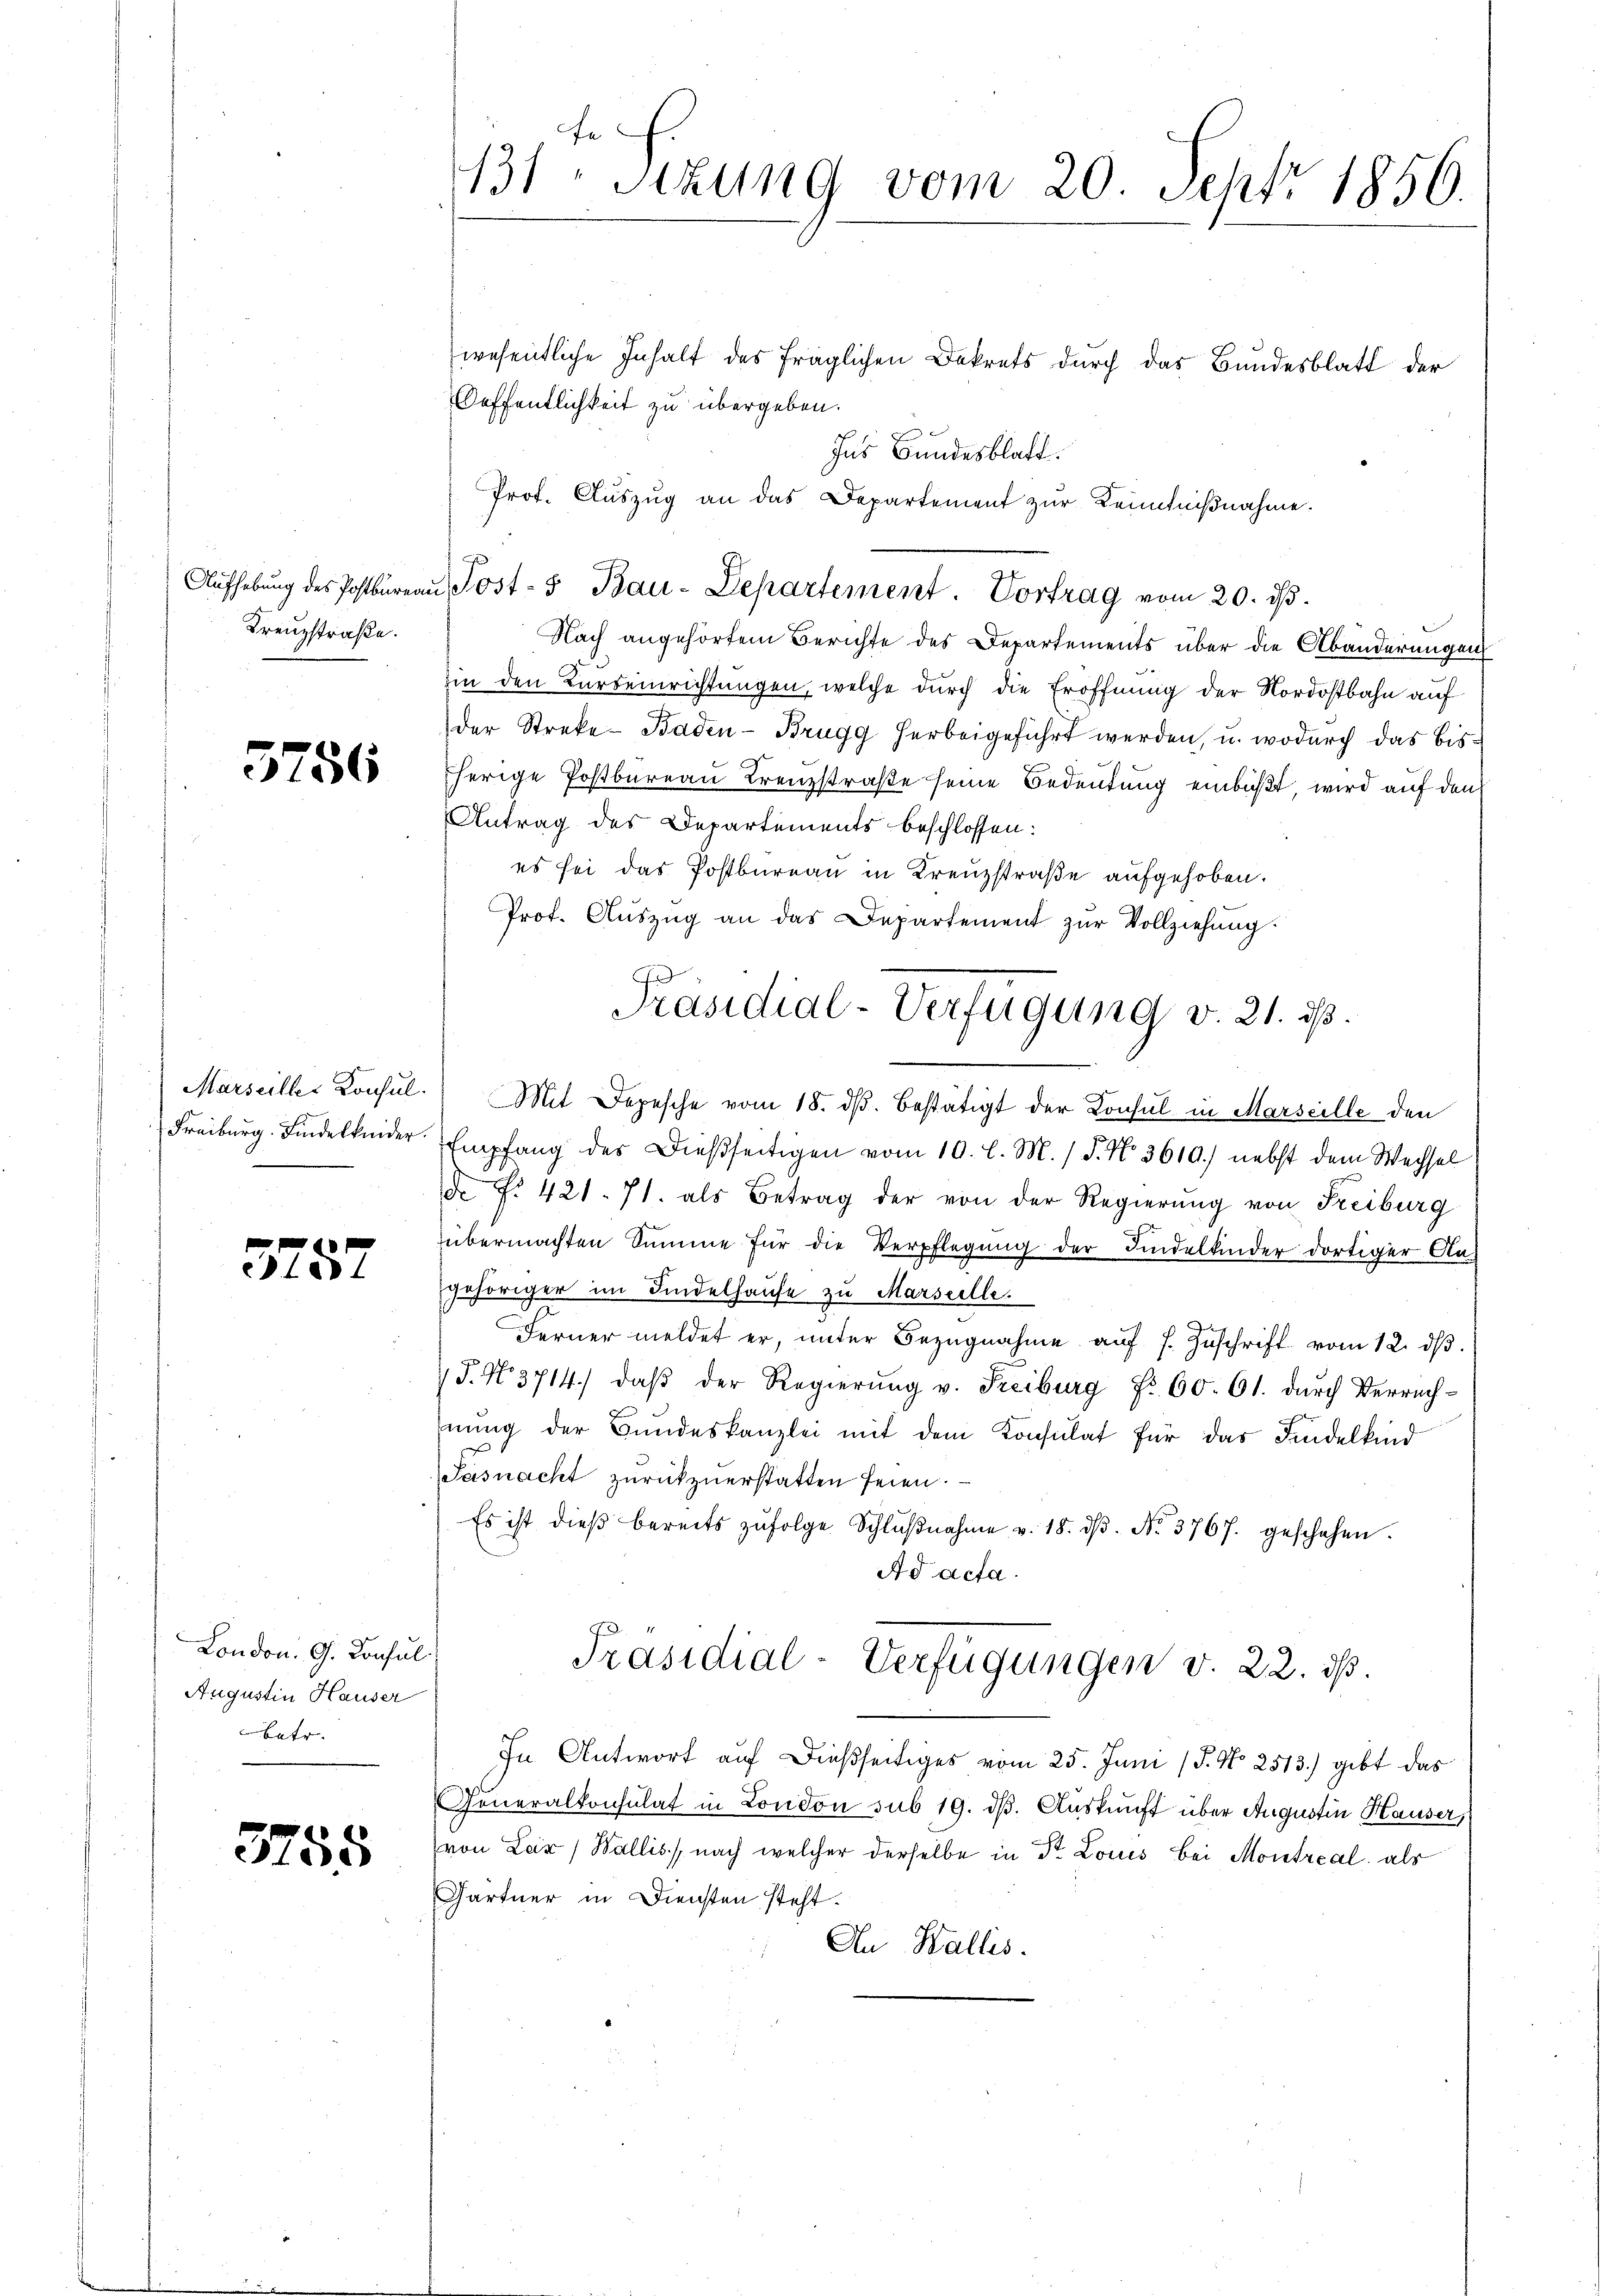
Aufhebung des Postbureau
Kreuzstraße.

5756

Marseilles Konsul
Freiburg. Findelknider.

5257

London. G. Konsul
Augustin Hauser
betr.

3758

fe
131. Sitzung vom 20. Sept. 1856.

wesentliche Inhalt des fräglichen Dekrets durch das Bundesblatt der
Oeffentlichkeit zu übergeben.
Ins Bundesblatt.
Prof. Aŭszŭg an das Departement zur Kenntniβnahme.
f
ost- & Bau-Departement. Vortrag vom 20. ds.
Nach angehörtem Berichte des Departements über die Abänderungen
in den Kurseinrichtungen, welche durch die Eröffnung der Nordostbahn auf
der Streke- Baden- Brugg herbeigeführt werden, u. wodurch das bisherige Postbureau Krenzstraße seine Bedeutung einbüßt wird auf den
Antrag des Departements beschlossen:
es sei das Postbureau in Kreuzstraße aufgehoben.
Prof. Aŭszŭg an das Departement zŭr Vollziehung.
Mit Depesche vom 18. dβ bestätigt der Konsul in Marseille den
Empfang des Dießseitigen vom 10. l. M. / 5. No. 3619.) nebst dem Wechsel
de No. 421. 71. als Betrag der von der Regierung von Freiburg
übermachten Summe für die Verpflegung der Kindelkinder dortiger An-
gehöriger im Findelhause zu Marseille.
Ferner meldet er, ŭnter Bezŭgnahme aŭf s. Zŭschrift vom 12. dβ
J. N. 3714. daβ der Regierŭng v. Freiburg Nr. 60. 61. dŭrch Verrech-
nung der Bundeskanzlei mit dem Konsulat für das Findelkind
Sasnacht zurückzuerstatten seien.
Es ist dieβ bereits zŭfolge Schlŭβnahme v. 18. dβ. No. 3767. geschehen.
Ad acta.
Präsidial-Verfügungen v. 22. dß.
In Antwort auf dießseitiges vom 25. Juni /J. No 2513) gibt das
Generalkonsulat in London sub 19. dβ. Auskunft über Augustin Hauser,
von Lar) Wallis, nach welcher derselbe in Dr. Louis bei Montreal, als
Gärtner in Diensten steht.
An Wallis.

Präsidial-Verfügung v. 21. ds.